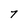
Character: 7